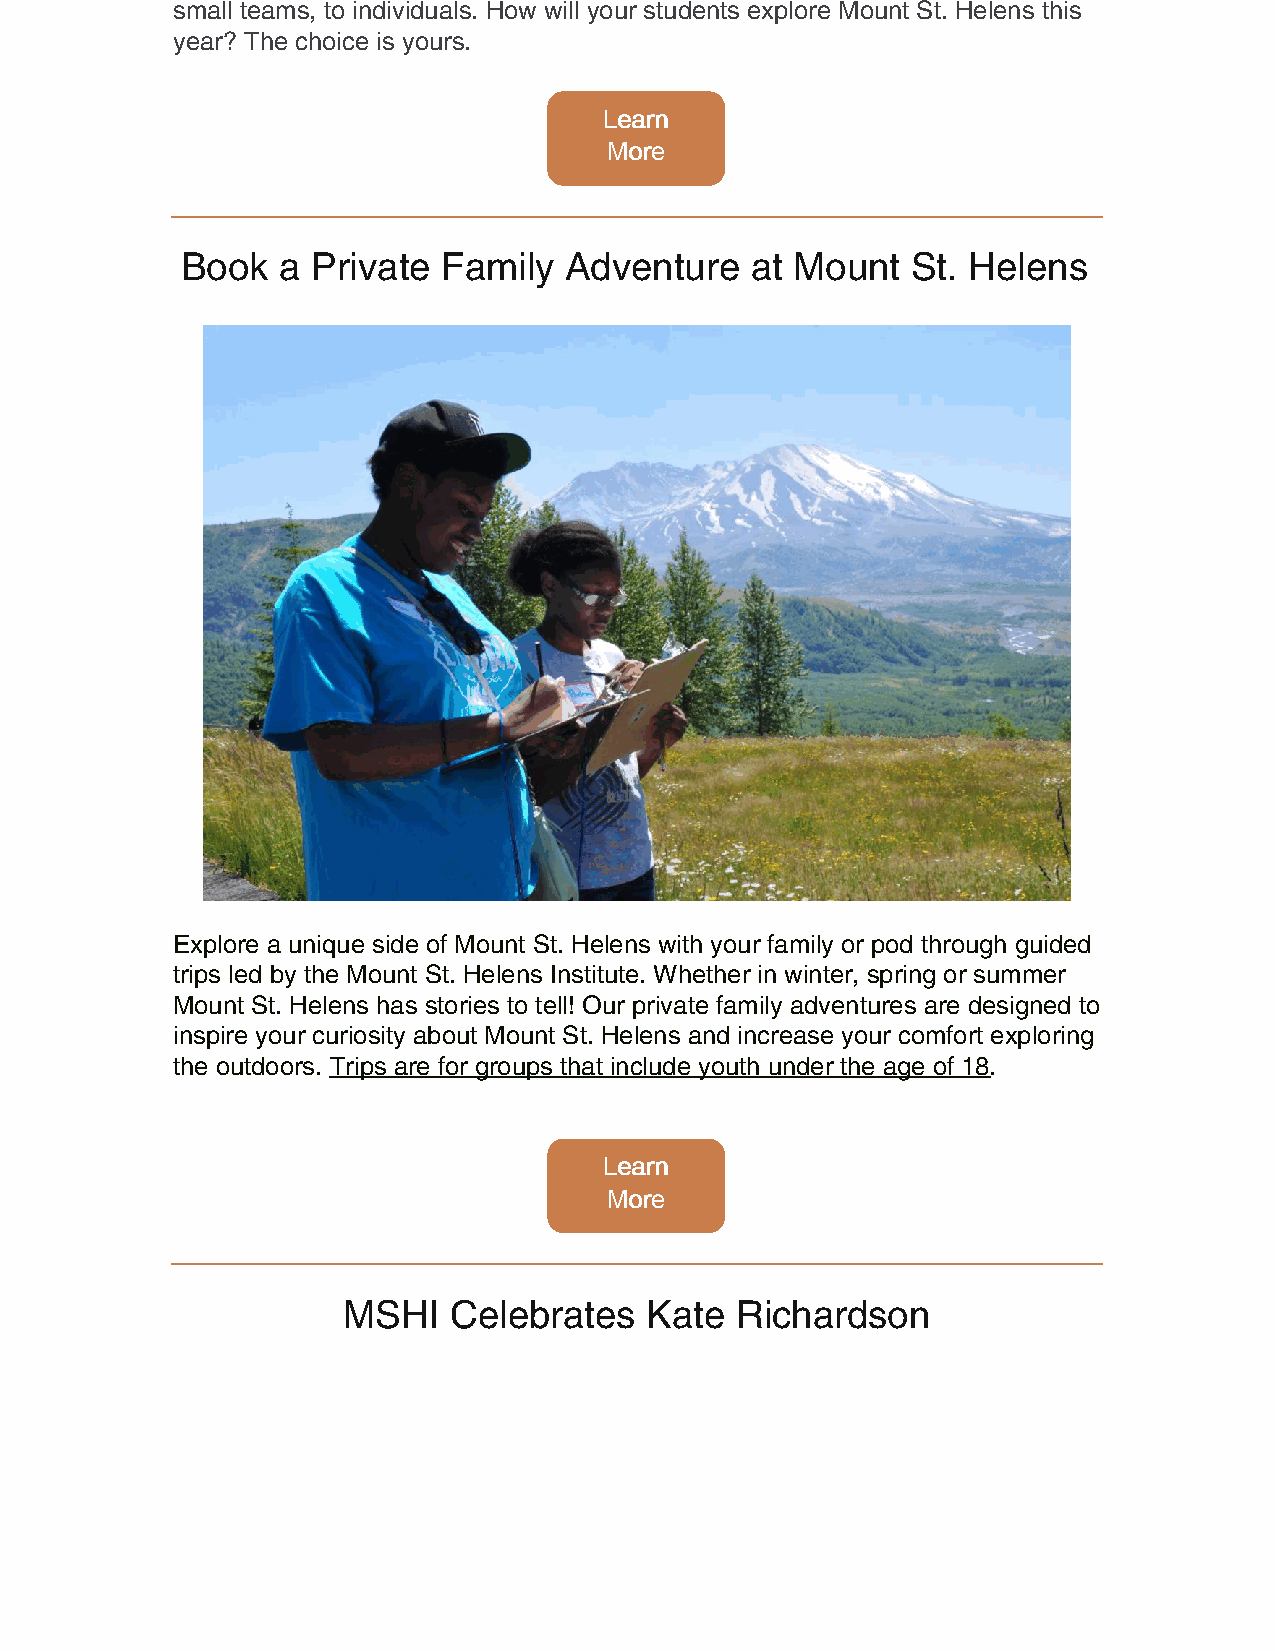
small teams, to individuals. How will your students explore Mount St. Helens this
 year? The choice is yours.
 LLeeaarrnn
 MMoorree
 Book  a  Private Family  Adventure    at Mount  St. Helens
 Explore a unique side of Mount St. Helens with your family or pod through guided
 trips led by the Mount St. Helens Institute. Whether in winter, spring or summer
 Mount St. Helens has stories to tell! Our private family adventures are designed to
 inspire your curiosity about Mount St. Helens and increase your comfort exploring
 the outdoors. Trips are for groups that include youth under the age of 18.
 LLeeaarrnn
 MMoorree
 MSHI   Celebrates   Kate  Richardson